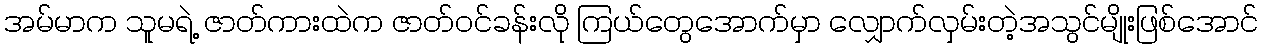
အမ်မာက သူမရဲ့ ဇာတ်ကားထဲက ဇာတ်ဝင်ခန်းလို ကြယ်တွေအောက်မှာ လျှောက်လှမ်းတဲ့အသွင်မျိုးဖြစ်အောင်